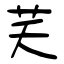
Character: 芺